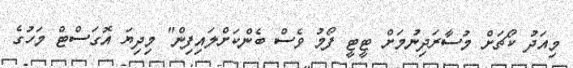
މިއަދު ކޯޗަށް މުސާރަދިނުމަށް ޓީޓީ ފޯމު ވެސް ބެންކަށްލައިފިން" މިދިޔަ އޮގަސްޓް މަހުގެ